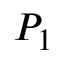
P _ { 1 }